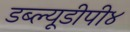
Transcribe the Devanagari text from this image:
डब्ल्यूडीपी४